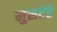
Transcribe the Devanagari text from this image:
मुसटंडे